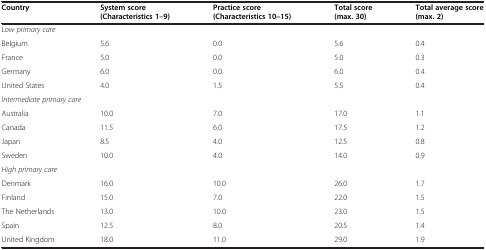
<table><thead><tr><td><b>Country</b></td><td><b>System score (Characteristics 1–9)</b></td><td><b>Practice score (Characteristics 10–15)</b></td><td><b>Total score (max. 30)</b></td><td><b>Total average score (max. 2)</b></td></tr></thead><tbody><tr><td><i>Low primary care</i></td><td> </td><td> </td><td> </td><td> </td></tr><tr><td>Belgium</td><td>5.6</td><td>0.0</td><td>5.6</td><td>0.4</td></tr><tr><td>France</td><td>5.0</td><td>0.0</td><td>5.0</td><td>0.3</td></tr><tr><td>Germany</td><td>6.0</td><td>0.0</td><td>6.0</td><td>0.4</td></tr><tr><td>United States</td><td>4.0</td><td>1.5</td><td>5.5</td><td>0.4</td></tr><tr><td colspan="2"><i>Intermediate primary care</i></td><td> </td><td> </td><td> </td></tr><tr><td>Australia</td><td>10.0</td><td>7.0</td><td>17.0</td><td>1.1</td></tr><tr><td>Canada</td><td>11.5</td><td>6.0</td><td>17.5</td><td>1.2</td></tr><tr><td>Japan</td><td>8.5</td><td>4.0</td><td>12.5</td><td>0.8</td></tr><tr><td>Sweden</td><td>10.0</td><td>4.0</td><td>14.0</td><td>0.9</td></tr><tr><td><i>High primary care</i></td><td> </td><td> </td><td> </td><td> </td></tr><tr><td>Denmark</td><td>16.0</td><td>10.0</td><td>26.0</td><td>1.7</td></tr><tr><td>Finland</td><td>15.0</td><td>7.0</td><td>22.0</td><td>1.5</td></tr><tr><td>The Netherlands</td><td>13.0</td><td>10.0</td><td>23.0</td><td>1.5</td></tr><tr><td>Spain</td><td>12.5</td><td>8.0</td><td>20.5</td><td>1.4</td></tr><tr><td>United Kingdom</td><td>18.0</td><td>11.0</td><td>29.0</td><td>1.9</td></tr></tbody></table>